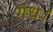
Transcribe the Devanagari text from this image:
गंध।